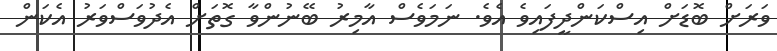
ވަރަަށް ބޮޑަށް އިސްކަންދީފައިވެ އެވެ. ނަމަވެސް އާމިރު ބޭނުންވާ ގޮތަށް އެދުވަސްވަރު އެކަން